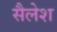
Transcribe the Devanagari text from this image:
सैलेश